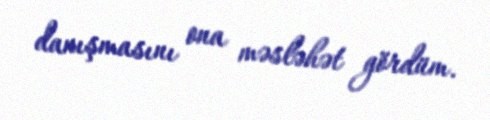
danışmasını ona məsləhət gördüm.